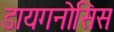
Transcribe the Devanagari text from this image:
डायगनोसिस